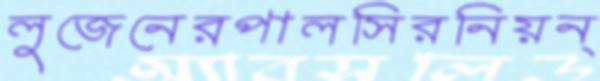
লুজেনেরপালসিরনিয়ন্